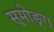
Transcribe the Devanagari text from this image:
सूमोङ्ग